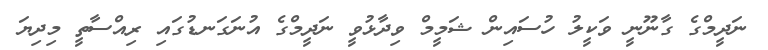
ނަދީމްގެ ގާނޫނީ ވަކީލު ހުސައިން ޝަމީމް ވިދާޅުވީ ނަދީމްގެ އުނަގަނޑުގައި ރިއްސާތީ މިދިޔަ